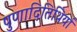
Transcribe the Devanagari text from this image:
पुणादितिथियां